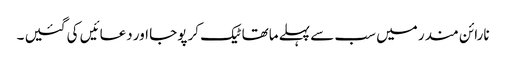
نارائن مندر میں سب سے پہلے ماتھا ٹیک کر پوجا اور دعائیں کی گئیں ۔